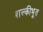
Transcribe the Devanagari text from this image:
शल्कीभूत